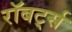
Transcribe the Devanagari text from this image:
रॉबर्ट्‍स